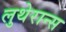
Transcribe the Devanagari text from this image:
लुथेरान्स